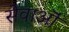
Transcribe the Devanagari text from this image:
सेवाऒं